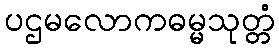
ပဌမလောကဓမ္မသုတ္တံ